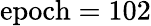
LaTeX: \mathrm{{epoch}=102}